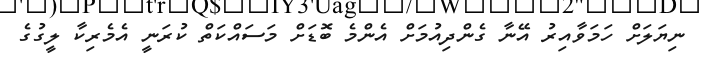
ނިޔަލަށް ހަމަވާއިރު އޭނާ ގެންދިއުމަށް އެންމެ ބޮޑަށް މަސައްކަތް ކުރަނީ އެމެރިކާ ލީގުގެ